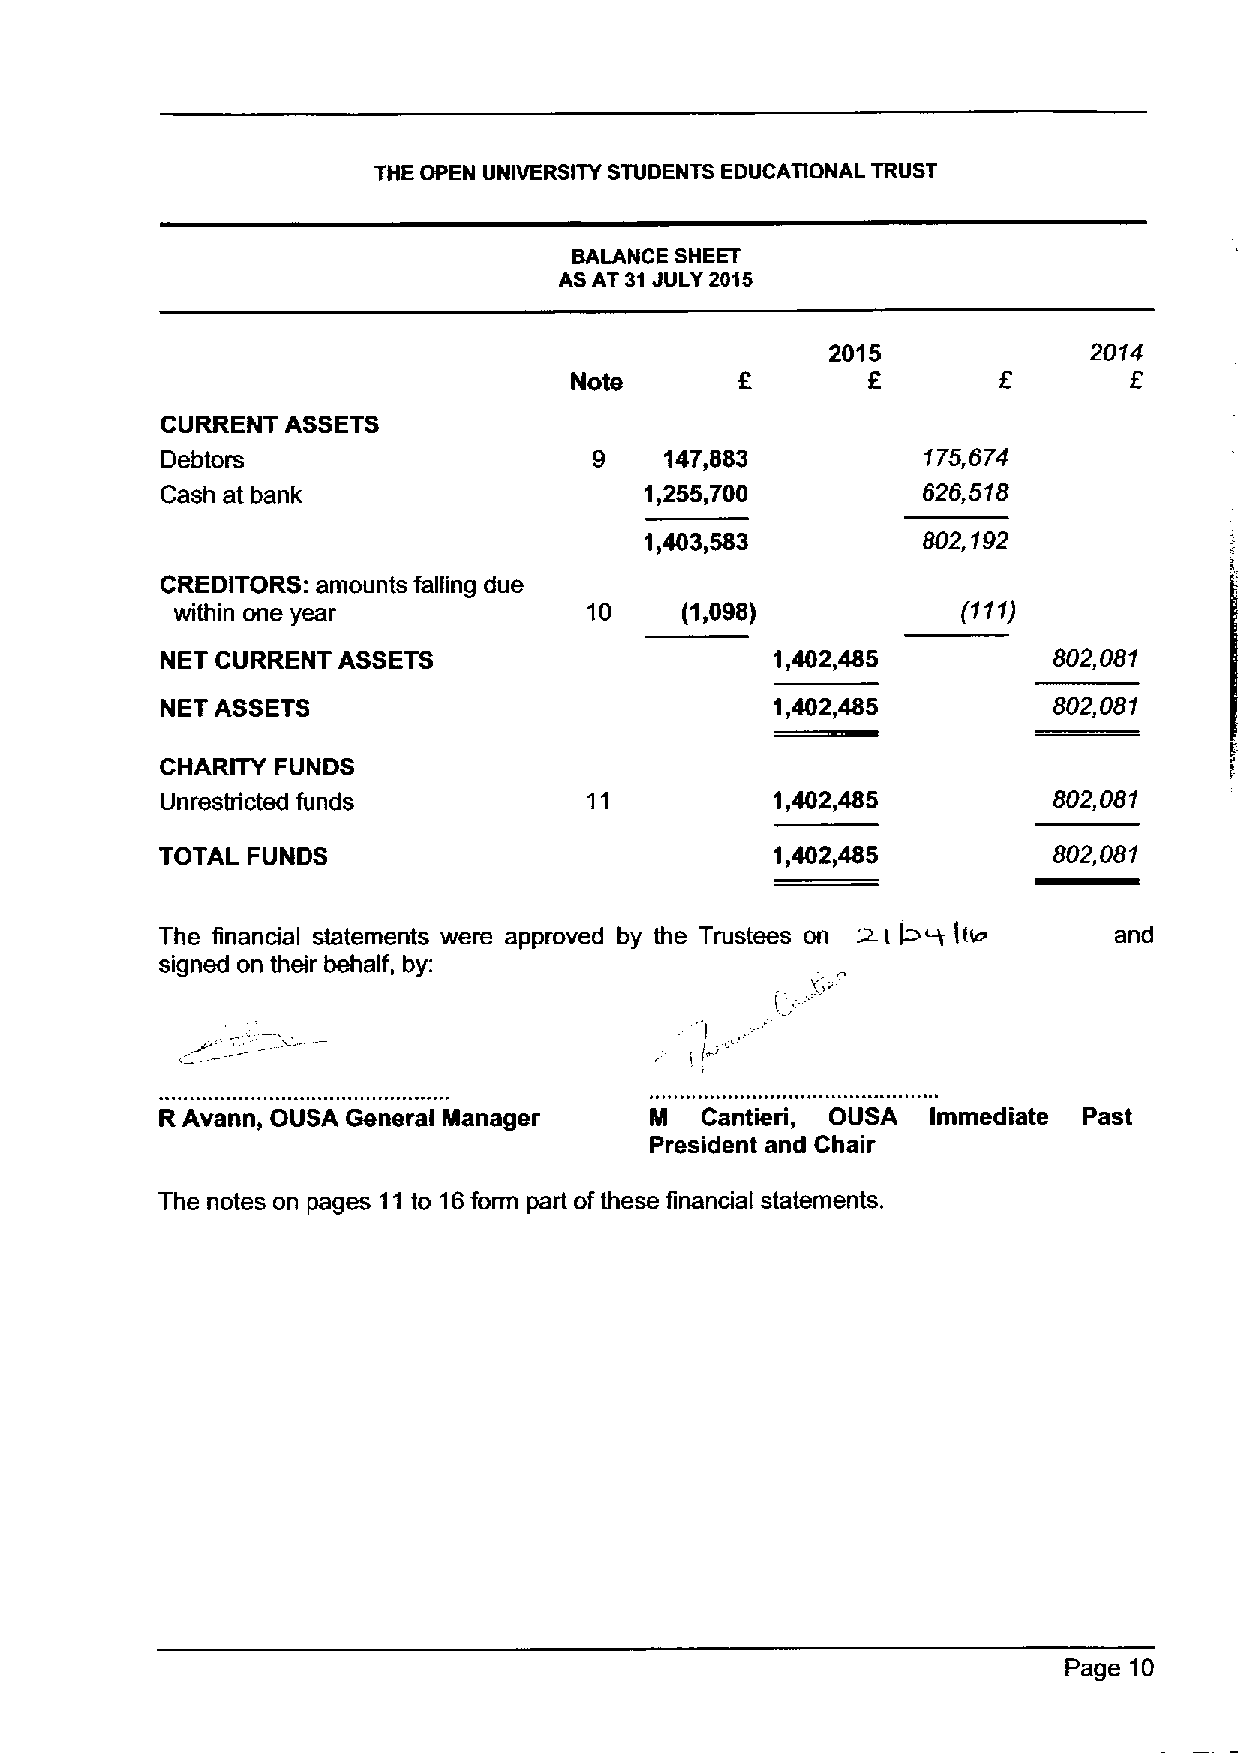
THE OPEN UNIVERSITY STUDENTS EDUCATIONAL TRUST
 BALANCE SHEET
 AS AT 31JULY 2015
 2015             2014
 Note               E
 CURRENT ASSETS
 Debtors                     9    147,883          175,674
 Cash at bank                    1,255,700         626,518
 1,403,583         802,192
 CREDITORS: amounts falling due
 within one year            10    (1,098)            (111)
 NET CURRENT ASSETS                      1,402,485          802,081
 NET ASSETS                              1,402,485          802,081
 CHARITY FUNDS
 Unrestricted funds                      1,402,485          802,081
 TOTAL FUNDS                             1,402,485          802,081
 The financial statements were approved by the Trustees on & I 4W Irido and
 signed on their behalf, by:
 '
 (,
 R Avann, OUSA General Manager   M  Cantieri, OUSA  Immediate Past
 President and Chair
 The notes on pages 11to 16form part ofthese financial statements.
 Page 10